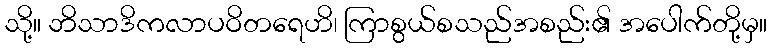
သို့။ ဘိသာဒိကလာပဝိတရေဟိ၊ ကြာစွယ်စသည်အစည်း၏ အပေါက်တို့မှ။